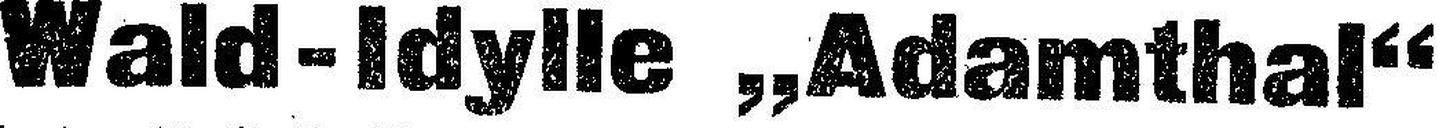
Wald-Idylle „Adamthal“